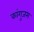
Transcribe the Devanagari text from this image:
कांगुजम